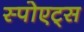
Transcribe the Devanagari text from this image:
स्पोएट्स